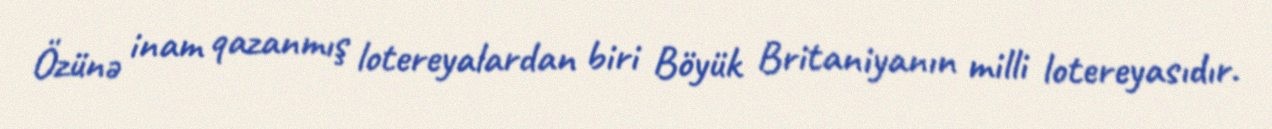
Özünə inam qazanmış lotereyalardan biri Böyük Britaniyanın milli lotereyasıdır.